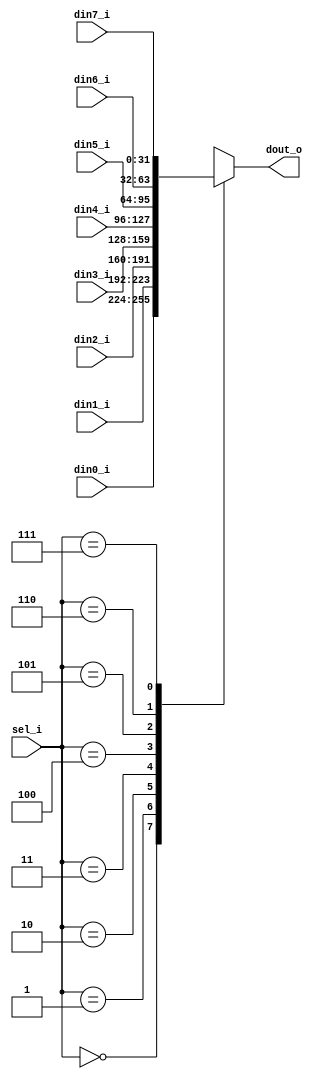
module mux32_81(
    input [2:0]  sel_i,
    input [31:0] din0_i,
    input [31:0] din1_i,
    input [31:0] din2_i,
    input [31:0] din3_i,
    input [31:0] din4_i,
    input [31:0] din5_i,
    input [31:0] din6_i,
    input [31:0] din7_i,
    output reg [31:0] dout_o
);

    always @(*) begin
        case (sel_i) 
            0: dout_o = din0_i;
            1: dout_o = din1_i;
            2: dout_o = din2_i;
            3: dout_o = din3_i;
            4: dout_o = din4_i;
            5: dout_o = din5_i;
            6: dout_o = din6_i;
            7: dout_o = din7_i;
        endcase
    end

endmodule